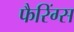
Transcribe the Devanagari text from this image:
फैरिंग्स